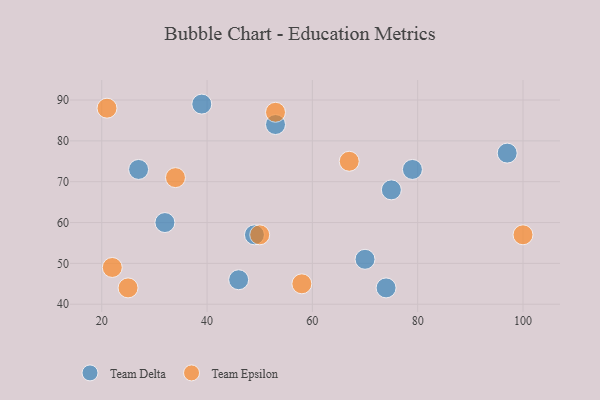
{"axis": {"x": "GDP", "y": "Life Expectancy"}, "legend": ["Team Delta", "Team Epsilon"], "data": [{"x": "53", "y": 84, "type": "Team Delta"}, {"x": "74", "y": 44, "type": "Team Delta"}, {"x": "49", "y": 57, "type": "Team Delta"}, {"x": "27", "y": 73, "type": "Team Delta"}, {"x": "46", "y": 46, "type": "Team Delta"}, {"x": "70", "y": 51, "type": "Team Delta"}, {"x": "79", "y": 73, "type": "Team Delta"}, {"x": "97", "y": 77, "type": "Team Delta"}, {"x": "75", "y": 68, "type": "Team Delta"}, {"x": "32", "y": 60, "type": "Team Delta"}, {"x": "39", "y": 89, "type": "Team Delta"}, {"x": "21", "y": 88, "type": "Team Epsilon"}, {"x": "22", "y": 49, "type": "Team Epsilon"}, {"x": "53", "y": 87, "type": "Team Epsilon"}, {"x": "50", "y": 57, "type": "Team Epsilon"}, {"x": "100", "y": 57, "type": "Team Epsilon"}, {"x": "25", "y": 44, "type": "Team Epsilon"}, {"x": "67", "y": 75, "type": "Team Epsilon"}, {"x": "58", "y": 45, "type": "Team Epsilon"}, {"x": "34", "y": 71, "type": "Team Epsilon"}]}